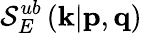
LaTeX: \mathcal{S}_{E}^{ub}\left(\textit{{\textbf{{k}}}}|\textit{{\textbf{{p}}}},\textit{{\textbf{{q}}}}\right)